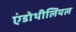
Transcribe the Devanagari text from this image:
एंडोथीलियल